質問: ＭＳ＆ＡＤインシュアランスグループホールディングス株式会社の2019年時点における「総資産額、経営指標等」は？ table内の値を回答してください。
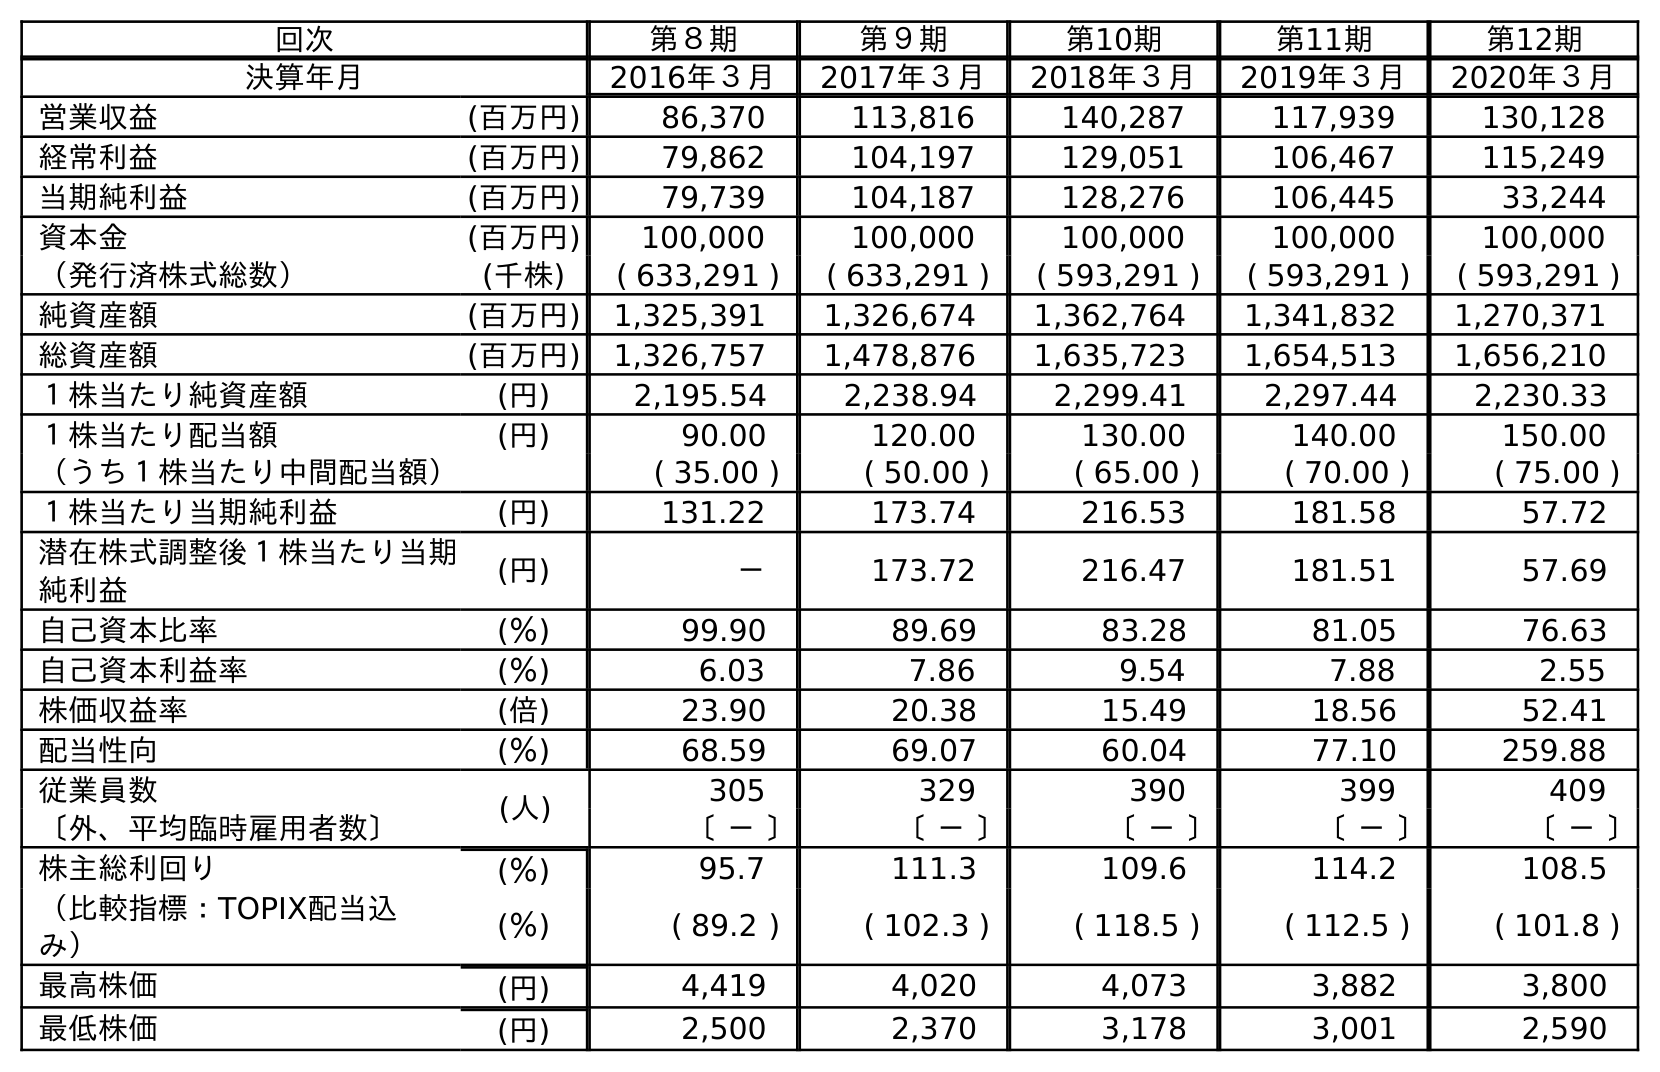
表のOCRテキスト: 回次 第８期 第９期 第10期 第11期 第12期 決算年月 2016年３月 2017年３月 2018年３月 2019年３月 2020年３月 営業収益 (百万円) 86,370 113,816 140,287 117,939 130,128 経常利益 (百万円) 79,862 104,197 129,051 106,467 115,249 当期純利益 (百万円) 79,739 104,187 128,276 106,445 33,244 資本金 (百万円) 100,000 100,000 100,000 100,000 100,000 （発行済株式総数） (千株) ( 633,291 ) ( 633,291 ) ( 593,291 ) ( 593,291 ) ( 593,291 ) 純資産額 (百万円) 1,325,391 1,326,674 1,362,764 1,341,832 1,270,371 総資産額 (百万円) 1,326,757 1,478,876 1,635,723 1,654,513 1,656,210 １株当たり純資産額 (円) 2,195.54 2,238.94 2,299.41 2,297.44 2,230.33 １株当たり配当額 (円) 90.00 120.00 130.00 140.00 150.00 （うち１株当たり中間配当額） ( 35.00 ) ( 50.00 ) ( 65.00 ) ( 70.00 ) ( 75.00 ) １株当たり当期純利益 (円) 131.22 173.74 216.53 181.58 57.72 潜在株式調整後１株当たり当期 純利益 (円) － 173.72 216.47 181.51 57.69 自己資本比率 (％) 99.90 89.69 83.28 81.05 76.63 自己資本利益率 (％) 6.03 7.86 9.54 7.88 2.55 株価収益率 (倍) 23.90 20.38 15.49 18.56 52.41 配当性向 (％) 68.59 69.07 60.04 77.10 259.88 従業員数 (人) 305 329 390 399 409 〔外、平均臨時雇用者数〕 〔 － 〕 〔 － 〕 〔 － 〕 〔 － 〕 〔 － 〕 株主総利回り (％) 95.7 111.3 109.6 114.2 108.5 （比較指標：TOPIX配当込 み） (％) ( 89.2 ) ( 102.3 ) ( 118.5 ) ( 112.5 ) ( 101.8 ) 最高株価 (円) 4,419 4,020 4,073 3,882 3,800 最低株価 (円) 2,500 2,370 3,178 3,001 2,590
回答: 1,654,513